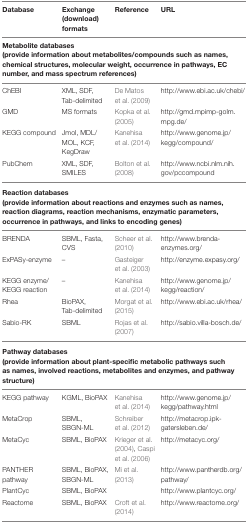
| Database | Exchange (download) formats | Reference | URL |
 | --- | --- | --- | --- |
 | <COLSPAN=4> Metabolite databases (provide information about metabolites/compounds such as names, chemical structures, molecular weight, occurrence in pathways, EC number, and mass spectrum references) |
 | ChEBI | XML, SDF, Tab-delimited | De Matos et al. (2009) | http://www.ebi.ac.uk/chebi/ |
 | GMD | MS formats | Kopka et al. (2005) | http://gmd.mpimp-golm.mpg.de/ |
 | KEGG compound | Jmol, MDL/MOL, KCF, KegDraw | Kanehisa et al. (2014) | http://www.genome.jp/kegg/compound/ |
 | PubChem | XML, SDF, SMILES | Bolton et al. (2008) | http://www.ncbi.nlm.nih.gov/pccompound |
 | <COLSPAN=4> Reaction databases (provide information about reactions and enzymes such as names, reaction diagrams, reaction mechanisms, enzymatic parameters, occurrence in pathways, and links to encoding genes) |
 | BRENDA | SBML, Fasta, CVS | Scheer et al. (2010) | http://www.brenda-enzymes.org/ |
 | ExPASy-enzyme | – | Gasteiger et al. (2003) | http://enzyme.expasy.org/ |
 | KEGG enzyme/KEGG reaction | – | Kanehisa et al. (2014) | http://www.genome.jp/kegg/reaction/ |
 | Rhea | BioPAX, Tab-delimited | Morgat et al. (2015) | http://www.ebi.ac.uk/rhea/ |
 | Sabio-RK | SBML | Rojas et al. (2007) | http://sabio.villa-bosch.de/ |
 | <COLSPAN=4> Pathway databases (provide information about plant-specific metabolic pathways such as names, involved reactions, metabolites and enzymes, and pathway structure) |
 | KEGG pathway | KGML, BioPAX | Kanehisa et al. (2014) | http://www.genome.jp/kegg/pathway.html |
 | MetaCrop | SBML, SBGN-ML | Schreiber et al. (2012) | http://metacrop.ipk-gatersleben.de/ |
 | MetaCyc | SBML, BioPAX | Krieger et al. (2004), Caspi et al. (2006) | http://metacyc.org/ |
 | PANTHER pathway | SBML, BioPAX, SBGN-ML | Mi et al. (2013) | http://www.pantherdb.org/pathway/ |
 | PlantCyc | SBML, BioPAX |  | http://www.plantcyc.org/ |
 | Reactome | SBML, BioPAX | Croft et al. (2014) | http://www.reactome.org/ |